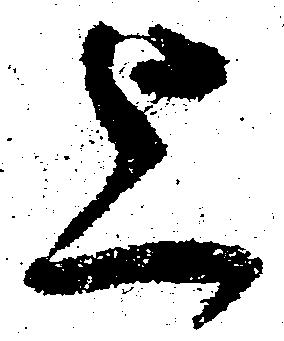
上